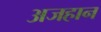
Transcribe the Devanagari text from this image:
अजहान